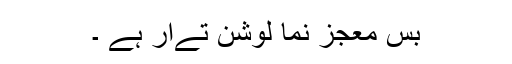
بس معجز نما لوشن تےار ہے ۔